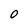
Character: 0